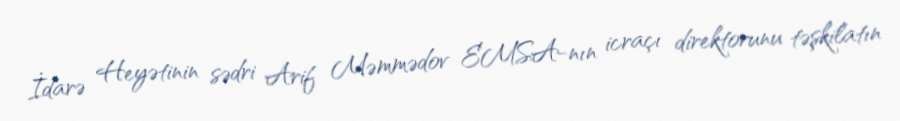
İdarə Heyətinin sədri Arif Məmmədov EMSA-nın icraçı direktorunu təşkilatın